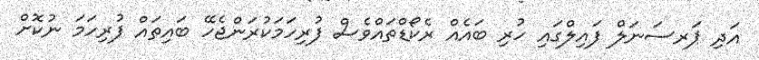
އަދި ޕަރސަނަލް ފައިލްގައި ހުރި ބައެއް ރެކޯޑްތައްވެސް ފުރިހަމަކުރަންޖެހޭ ބައިތައް ފުރިހަމަ ނުކޮށް